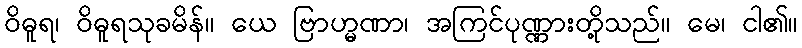
ဝိဓူရ၊ ဝိဓူရသုခမိန်။ ယေ ဗြာဟ္မဏာ၊ အကြင်ပုဏ္ဏားတို့သည်။ မေ၊ ငါ၏။